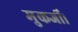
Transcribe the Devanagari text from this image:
मुकर्जी।